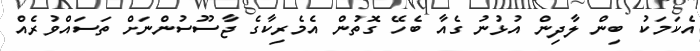
އެކަމަކު ބިން ލާދިން އުޅުނު ގެއާ ބެހޭ ގޮތުން އެމެރިކާގެ ޖާސޫސުންނަށް ތަސައްވުރެއް